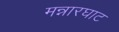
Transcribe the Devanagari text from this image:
मन्नारघाट